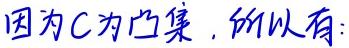
因为$C$为凸集，所以有：